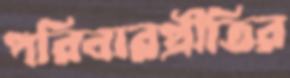
পরিবারপ্রীতির